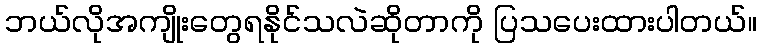
ဘယ်လိုအကျိုးတွေရနိုင်သလဲဆိုတာကို ပြသပေးထားပါတယ်။